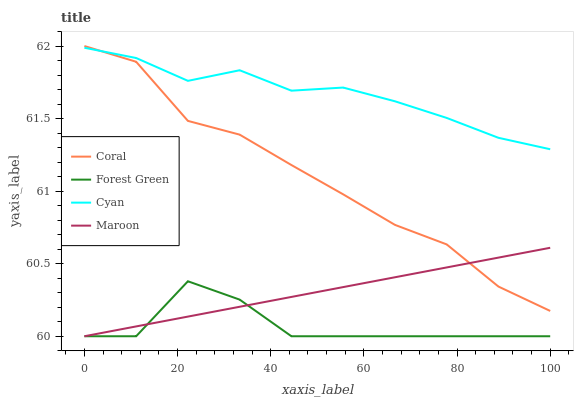
| xaxis_label | Coral | Forest Green | Cyan | Maroon |
 | --- | --- | --- | --- | --- |
 | 0 | 62 | 60 | 62 | 60 |
 | 11.1 | 61.9 | 60 | 61.9 | 60.1 |
 | 22.2 | 61.5 | 60.4 | 61.8 | 60.1 |
 | 33.3 | 61.4 | 60.3 | 61.8 | 60.2 |
 | 44.4 | 61.2 | 60 | 61.7 | 60.3 |
 | 55.6 | 61 | 60 | 61.7 | 60.3 |
 | 66.7 | 60.8 | 60 | 61.6 | 60.4 |
 | 77.8 | 60.6 | 60 | 61.5 | 60.5 |
 | 88.9 | 60.3 | 60 | 61.4 | 60.5 |
 | 100 | 60.2 | 60 | 61.3 | 60.6 |